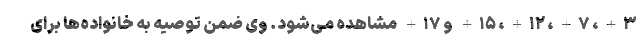
۳+، ۷+، ۱۲+، ۱۵+ و ۱۷+ مشاهده می‌شود. وی ضمن توصیه به خانواده‌ها برای